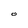
Character: O